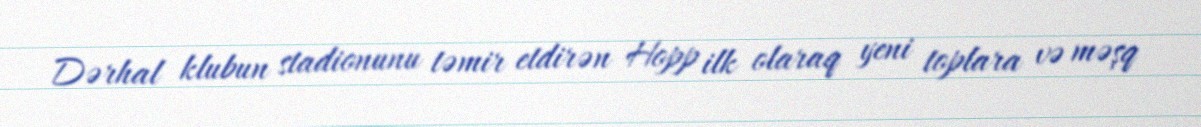
Dərhal klubun stadionunu təmir etdirən Hopp ilk olaraq yeni toplara və məşq